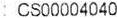
: CS00004040